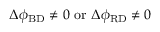
\Delta \phi _ { \mathrm { B D } } \neq 0 \ \mathrm { o r } \ \Delta \phi _ { \mathrm { R D } } \neq 0